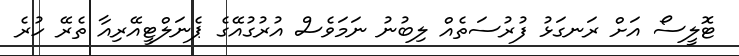
ޓޮލީސޯ އަށް ރަނގަޅު ފުރުސަތެއް ލިބުނު ނަމަވެސް އުރުގުއޭގެ ޕެނަލްޓީއޭރިއާ ތެރޭ ހުރެ